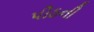
પીઠની